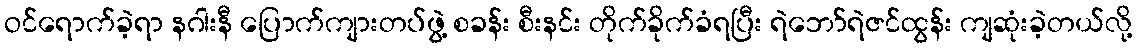
ဝင်ရောက်ခဲ့ရာ နဂါးနီ ပြောက်ကျားတပ်ဖွဲ့ စခန်း စီးနင်း တိုက်ခိုက်ခံရပြီး ရဲဘော်ရဲဇင်ထွန်း ကျဆုံးခဲ့တယ်လို့